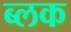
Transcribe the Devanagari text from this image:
ब्लक